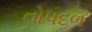
તોપદળ